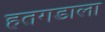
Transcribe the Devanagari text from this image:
हतगडाला